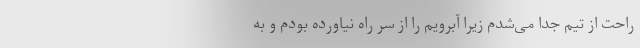
راحت از تیم جدا می‌شدم زیرا آبرویم را از سر راه نیاورده بودم و به